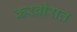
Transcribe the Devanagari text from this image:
करवीरात